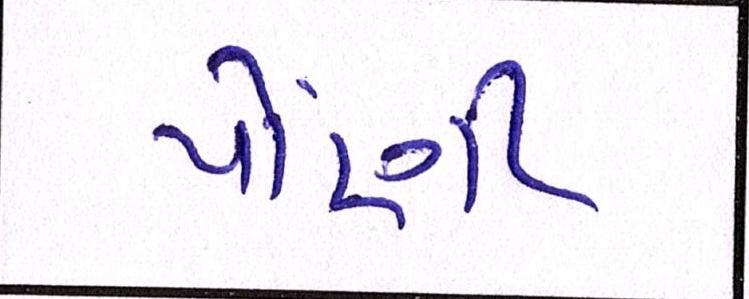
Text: પોંણી